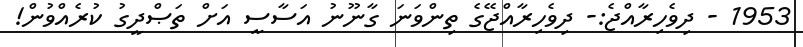
1953 - ދިވެހިރާއްޖެ:- ދިވެހިރާއްޖޭގެ ތިންވަނަ ގާނޫނު އަސާސީ އަށް ތަޞްދީގު ކުރެއްވުން!